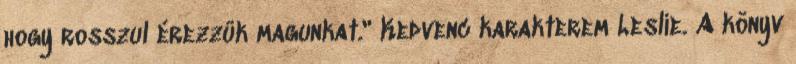
hogy rosszul érezzük magunkat." Kedvenc karakterem Leslie. A könyv